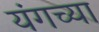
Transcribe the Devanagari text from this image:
यंगच्या